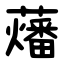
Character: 䕰